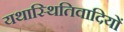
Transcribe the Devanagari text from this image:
यथास्थितिवादियों